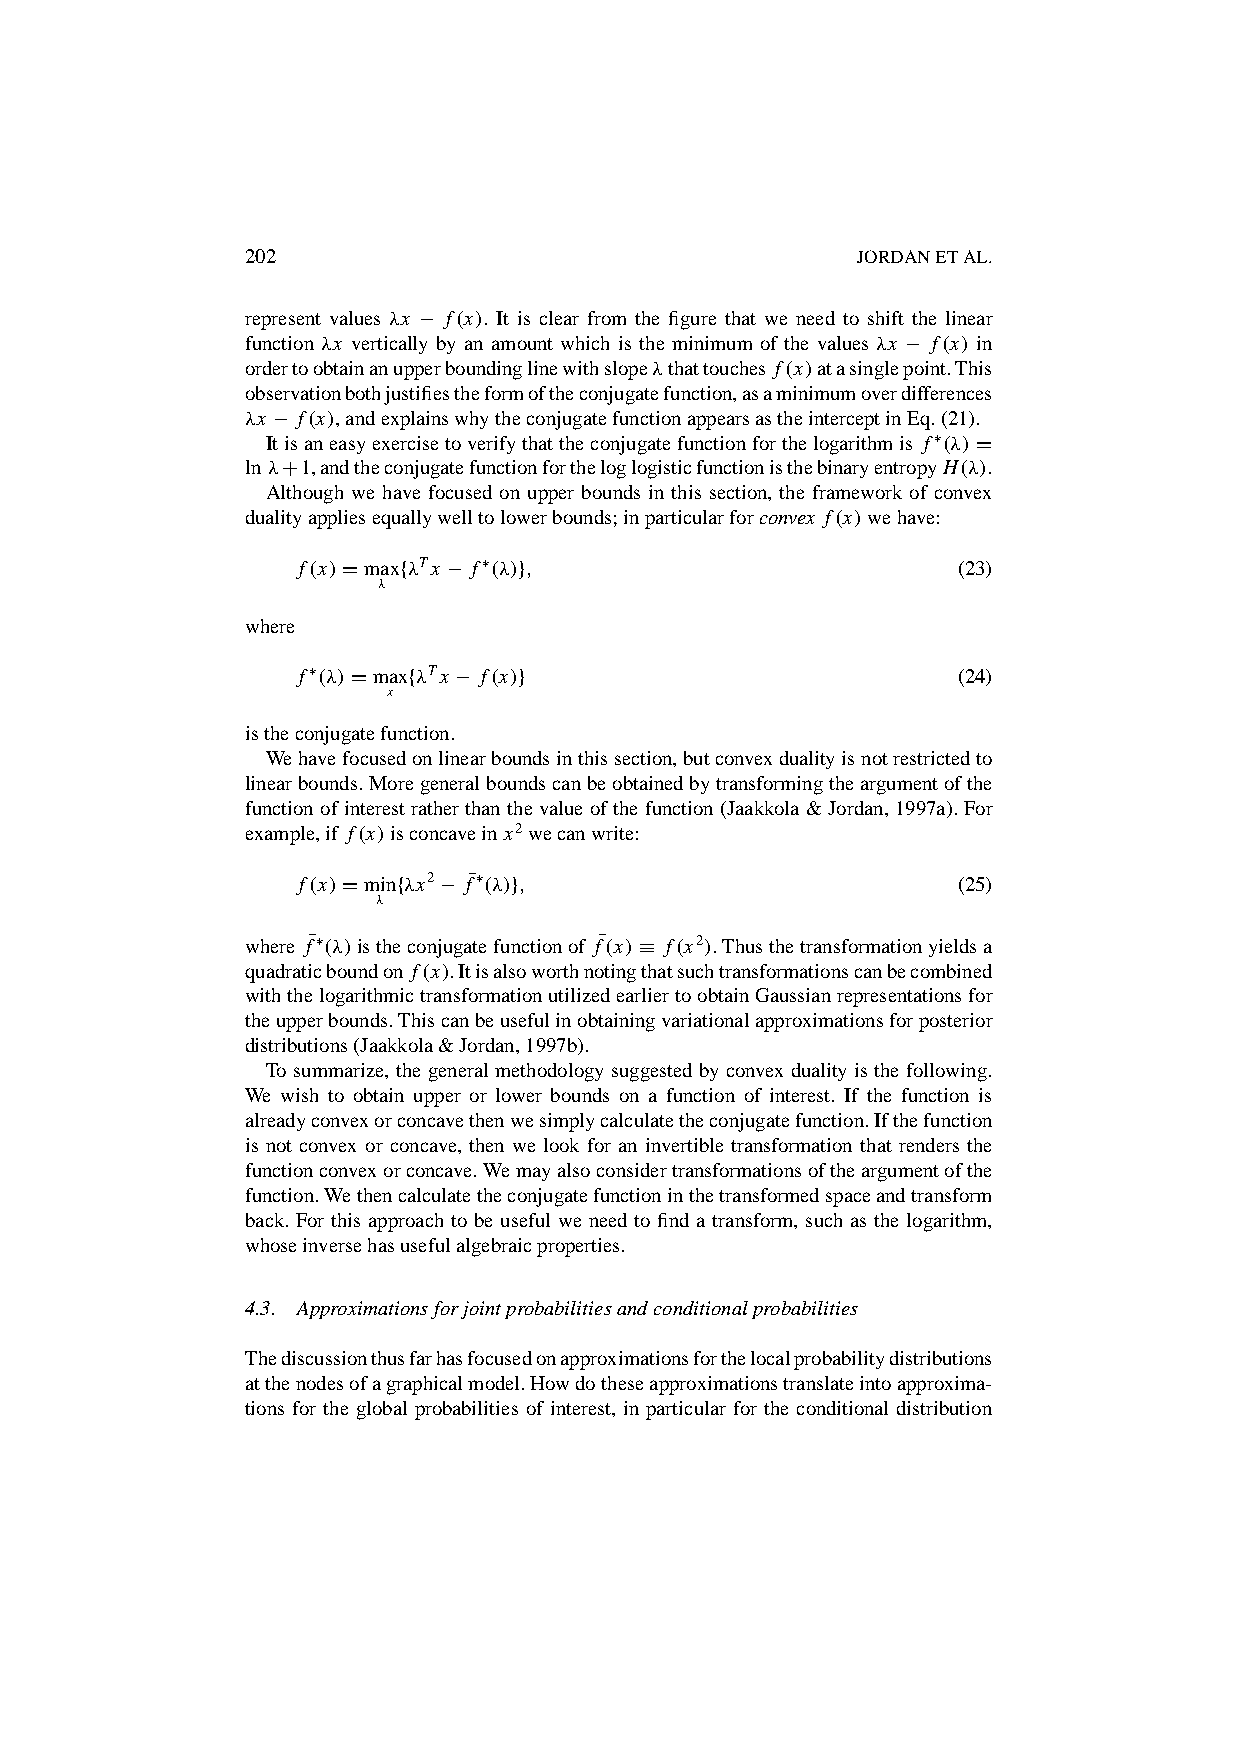
202                                      JORDANETAL.
 represent values ‚x ¡ f.x/. It is clear from the figure that we need to shift the linear
 function ‚x vertically by an amount which is the minimum of the values ‚x ¡ f.x/ in
 ordertoobtainanupperboundinglinewithslope‚thattouches f.x/atasinglepoint.This
 observationbothjustifiestheformoftheconjugatefunction,asaminimumoverdifferences
 ‚x ¡ f.x/,andexplainswhytheconjugatefunctionappearsastheinterceptinEq.(21).
 Itisaneasyexercisetoverifythattheconjugatefunctionforthelogarithmis f⁄.‚/ D
 ln ‚C1,andtheconjugatefunctionfortheloglogisticfunctionisthebinaryentropyH.‚/.
 Although we have focused on upper bounds in this section, the framework of convex
 dualityappliesequallywelltolowerbounds;inparticularforconvex f.x/wehave:
 f.x/Dmaxf‚Tx ¡ f⁄.‚/g;                     (23)
 ‚
 where
 f⁄.‚/Dmaxf‚Tx ¡ f.x/g                      (24)
 x
 istheconjugatefunction.
 Wehavefocusedonlinearboundsinthissection,butconvexdualityisnotrestrictedto
 linearbounds.Moregeneralboundscanbeobtainedbytransformingtheargumentofthe
 functionofinterestratherthanthevalueofthefunction(Jaakkola&Jordan,1997a).For
 example,if f.x/isconcaveinx2wecanwrite:
 f.x/Dminf‚x2¡ fN⁄.‚/g;                     (25)
 ‚
 where fN⁄.‚/istheconjugatefunctionof fN.x/ · f.x2/.Thusthetransformationyieldsa
 quadraticboundon f.x/.Itisalsoworthnotingthatsuchtransformationscanbecombined
 withthelogarithmictransformationutilizedearliertoobtainGaussianrepresentationsfor
 theupperbounds.Thiscanbeusefulinobtainingvariationalapproximationsforposterior
 distributions(Jaakkola&Jordan,1997b).
 To summarize, the general methodology suggested by convex duality is the following.
 We wish to obtain upper or lower bounds on a function of interest. If the function is
 alreadyconvexorconcavethenwesimplycalculatetheconjugatefunction.Ifthefunction
 is not convex or concave, then we look for an invertible transformation that renders the
 functionconvexorconcave.Wemayalsoconsidertransformationsoftheargumentofthe
 function.Wethencalculatetheconjugatefunctioninthetransformedspaceandtransform
 back. For this approach to be useful we need to find a transform, such as the logarithm,
 whoseinversehasusefulalgebraicproperties.
 4.3. Approximationsforjointprobabilitiesandconditionalprobabilities
 Thediscussionthusfarhasfocusedonapproximationsforthelocalprobabilitydistributions
 atthenodesofagraphicalmodel.Howdotheseapproximationstranslateintoapproxima-
 tions for the global probabilities of interest, in particular for the conditional distribution